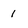
Character: 1